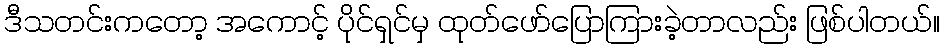
ဒီသတင်းကတော့ အကောင့် ပိုင်ရှင်မှ ထုတ်ဖော်ပြောကြားခဲ့တာလည်း ဖြစ်ပါတယ်။